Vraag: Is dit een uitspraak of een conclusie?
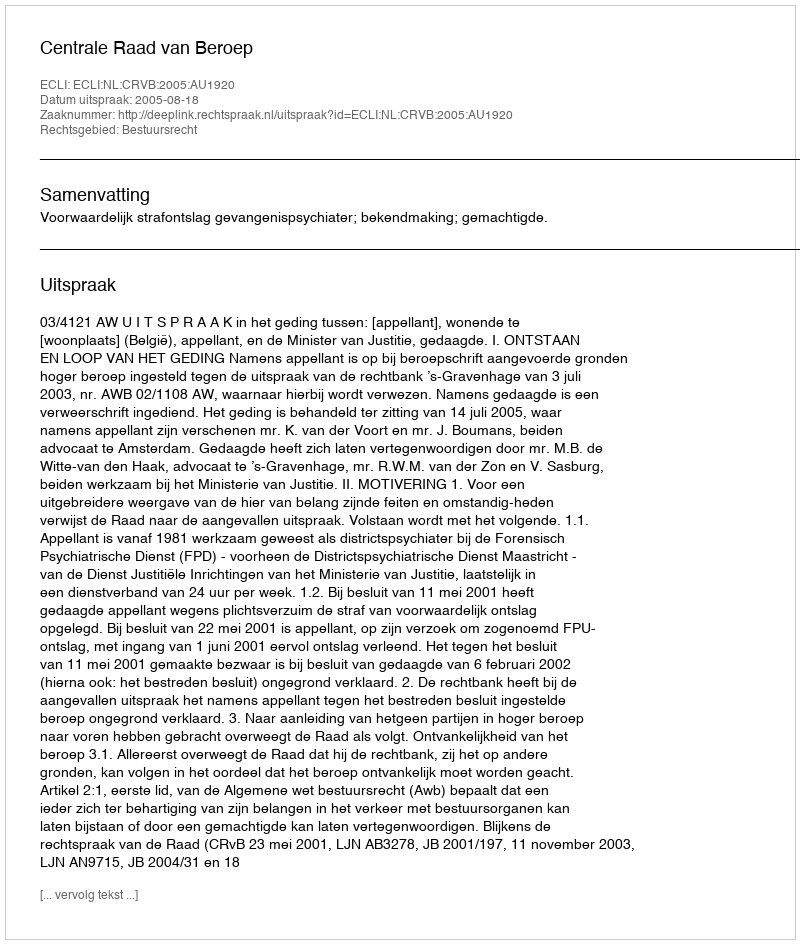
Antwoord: Uitspraak